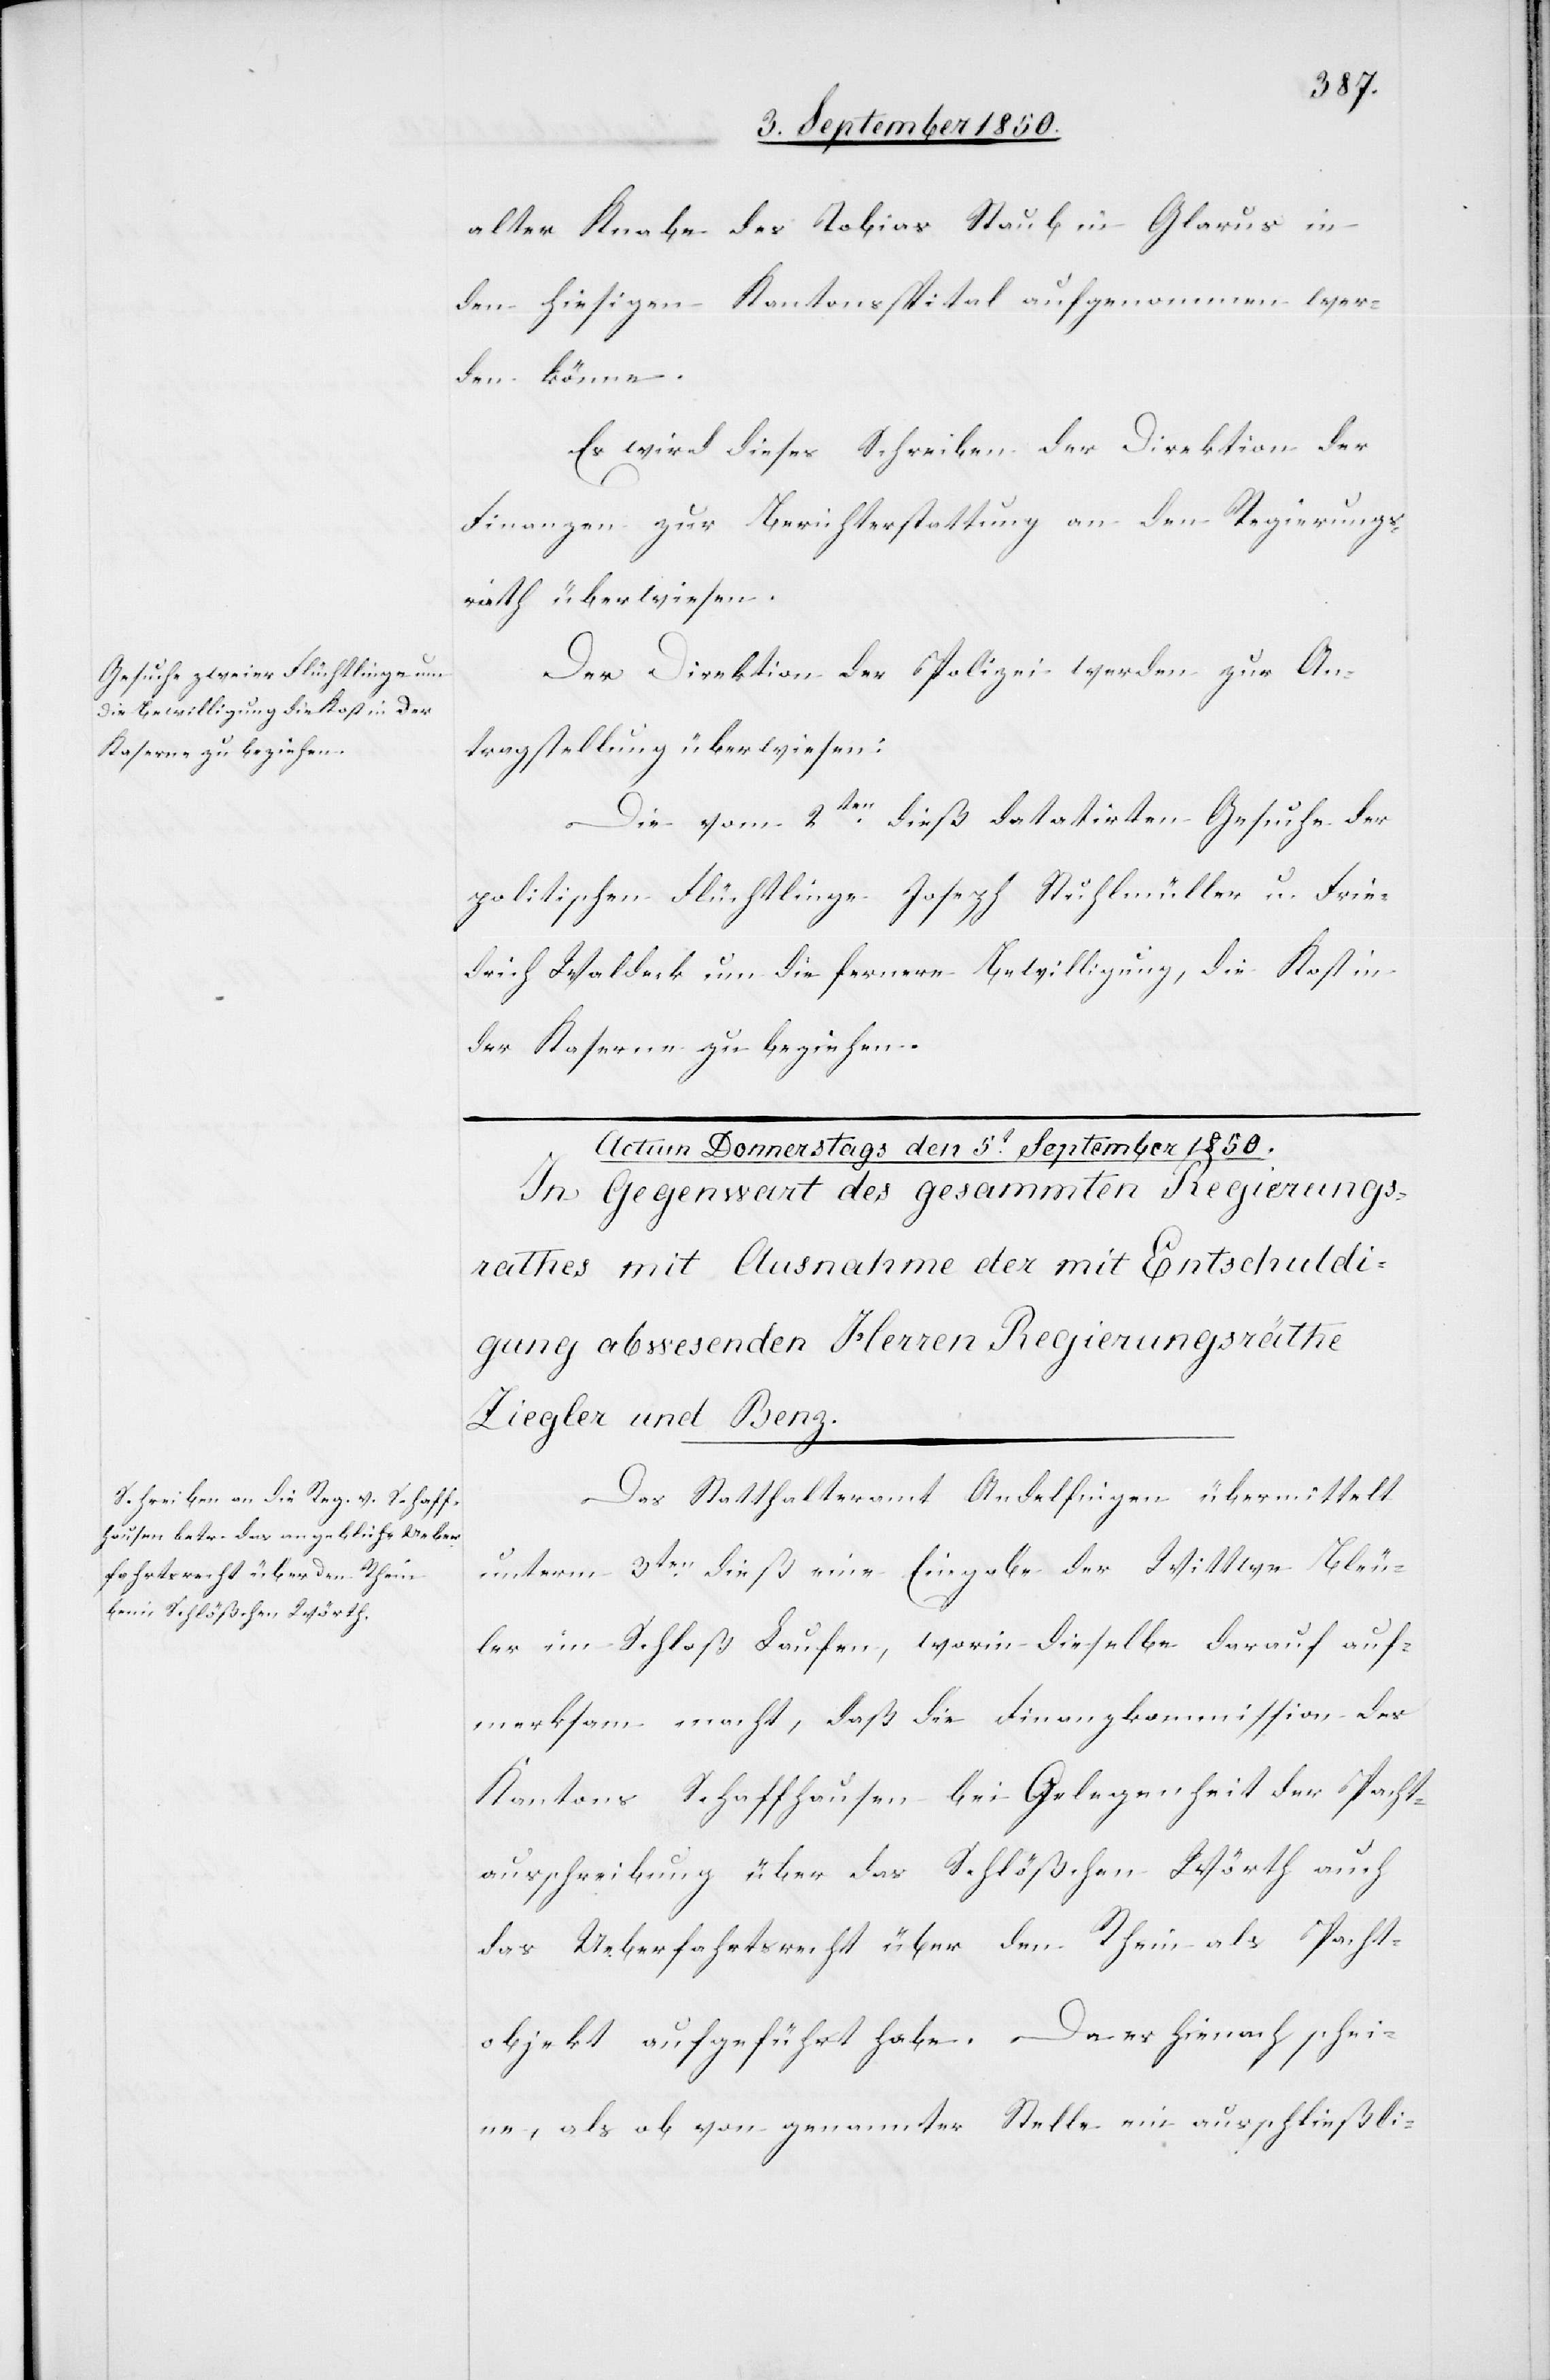
alter Knabe des Tobias Staub in Glarus in
den hiesigen Kantonsspital aufgenommen wer¬
den könne.
Es wird dieses Schreiben der Direktion der
Finanzen zur Berichterstattung an den Regierungs¬
rath überwiesen.
Der Direktion der Polizei werden zur An¬
tragstellung überwiesen:
Die vom 2ten dieß datatirten [sic!] Gesuche der
politischen Flüchtlinge Joseph Stuhlmüller u. Frie¬
drich Waldeck um die fernere Bewilligung, die Kost in
der Kaserne zu beziehen.
Das Statthalteramt Andelfingen übermittelt
unterm 3ten dieß eine Eingabe der Wittwe Bleu¬
ler im Schloß Laufen, worin dieselbe darauf auf¬
merksam macht, daß die Finanzkommission des
Kantons Schaffhausen bei Gelegenheit der Pacht¬
ausschreibung über das Schlößchen Wörth auch
das Ueberfahrtsrecht über den Rhein als Pacht¬
objekt aufgeführt habe. Da es hienach schei¬
ne, als ob von genannter Stelle ein ausschließli-